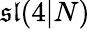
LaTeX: {\mathfrak{sl}}(4|N)